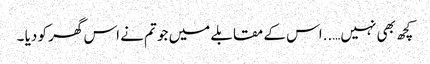
کچھ بھی نہیں…..اس کے مقابلے میں جو تم نے اس گھر کو دیا ۔